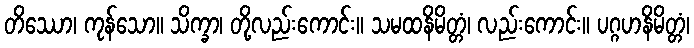
တိဿော၊ ကုန်သော။ သိက္ခာ၊ တို့လည်းကောင်း။ သမထနိမိတ္တံ၊ လည်းကောင်း။ ပဂ္ဂဟနိမိတ္တံ၊